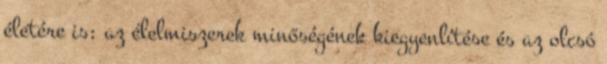
életére is: az élelmiszerek minőségének kiegyenlítése és az olcsó